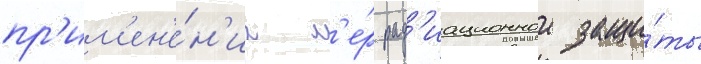
пр'им'ен'е́н'иа м'е́р рад'иационнои защи́ты